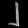
Digit: ၂